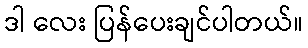
ဒါ လေး ပြန်ပေးချင်ပါတယ်။